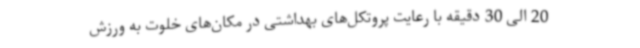
20 الی 30 دقیقه با رعایت پروتکل‌های بهداشتی در مکان‌های خلوت به ورزش